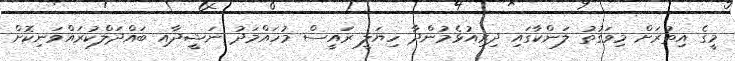
މީގެ އިތުރަށް މިވަގުތު ލަންކާގައި ދިރިއުޅެމުންދާ ހިޔަލީ ރައީސް މުހައްމަދު ނަޝީދާއި ބައްދަލްކުރައްވަނިކޮށް